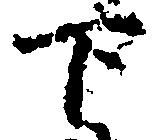
下